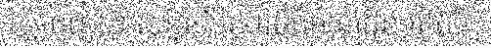
ភ្នំពេញ) ៖ សន្និសីទសារព័ត៌មានដែលរៀបចំ